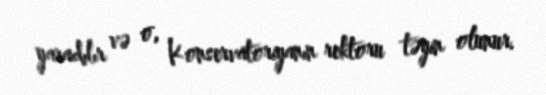
yaradılır və o, Konservatoriyanın rektoru təyin olunur.